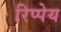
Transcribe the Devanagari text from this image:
रिप्पेय